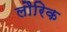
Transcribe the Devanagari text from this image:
लौरिक